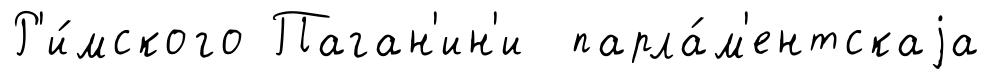
Р'и́мского Паган'ин'и парла́м'ентскаjа